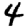
Digit: 4